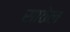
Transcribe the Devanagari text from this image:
साठेल